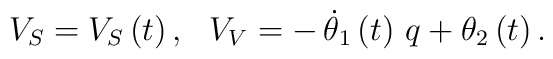
V_{S}=V_{S}\left( t\right) ,\,\,\,\,V_{V}=-\,\dot{\theta}_{1}\left( t\right)\,q+\theta _{2}\left( t\right) .